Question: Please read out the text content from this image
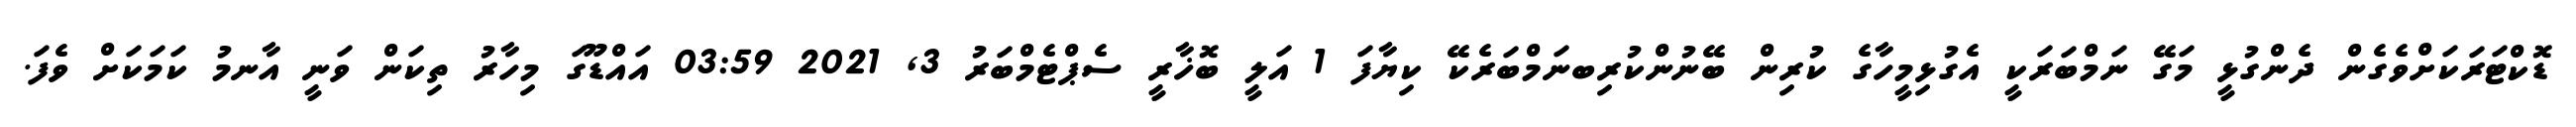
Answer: ޑޮކްޓަރަކަށްވެގެން ދެންގުޅީ މަގޭ ނަމްބަރަކީ އެގުޅިމީހާގެ ކުރިން ބޭނުންކުރިބނަމްބަރެކޭ ކިޔާފަ 1 އަލީ ބޮޚާރީ ސެޕްޓެމްބަރު 3, 2021 03:59 އައްޑޫގަ މިހާރު ތިކަން ވަނީ އާނމު ކަމަކަށް ވެފަ.